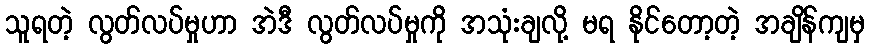
သူရတဲ့ လွတ်လပ်မှုဟာ အဲဒီ လွတ်လပ်မှုကို အသုံးချလို့ မရ နိုင်တော့တဲ့ အချိန်ကျမှ